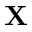
\mathbf { X }